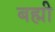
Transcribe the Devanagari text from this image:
बह्मी